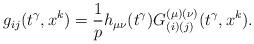
LaTeX: \begin{align*}g_{ij}(t^{\gamma },x^{k})=\frac{1}{p}h_{\mu \nu }(t^{\gamma})G_{(i)(j)}^{(\mu )(\nu )}(t^{\gamma },x^{k}).\end{align*}